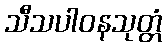
သီသပါဝနသုတ္တံ